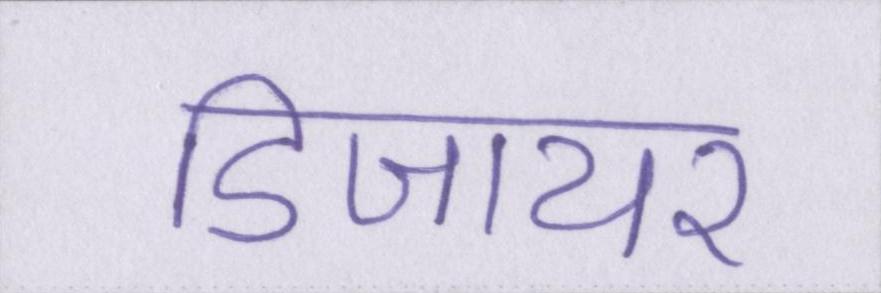
डिजायर